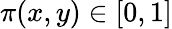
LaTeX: \pi(x,y)\in[0,1]